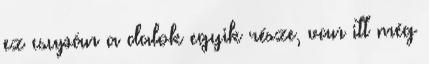
ez csupán a dalok egyik része, van itt még